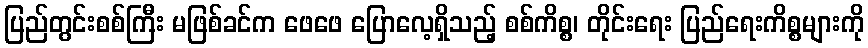
ပြည်တွင်းစစ်ကြီး မဖြစ်ခင်က ဖေဖေ ပြောလေ့ရှိသည့် စစ်ကိစ္စ၊ တိုင်းရေး ပြည်ရေးကိစ္စများကို